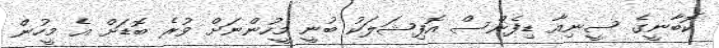
ކޮބާނީގެ ސީނިއާ ޑިފެންސް އޮފިޝަލަކު ބުނީ މީހުންނަށް ވުރެ ބޮޑަށް އެ މީހުން